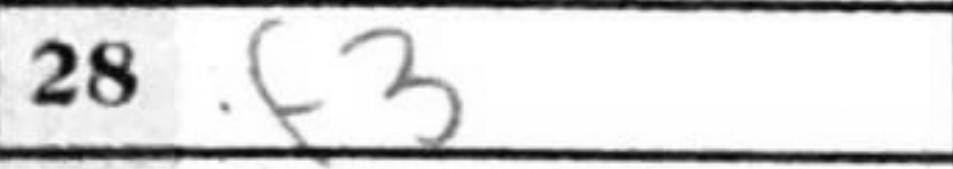
Transcription: f3